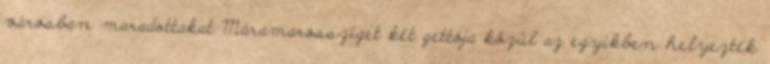
városban maradottakat Máramarossziget két gettója közül az egyikben helyezték